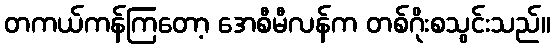
တကယ်ကန်ကြတော့ အေစီမီလန်က တစ်ဂိုးစသွင်းသည်။